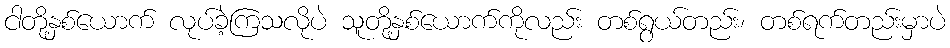
ငါတို့နှစ်ယောက် လုပ်ခဲ့ကြသလိုပဲ သူတို့နှစ်ယောက်ကိုလည်း တစ်ရွယ်တည်း၊ တစ်ရက်တည်းမှာပဲ